Mental hospitals Bombay report 1929-33 - 1929-1933
Year: 1929
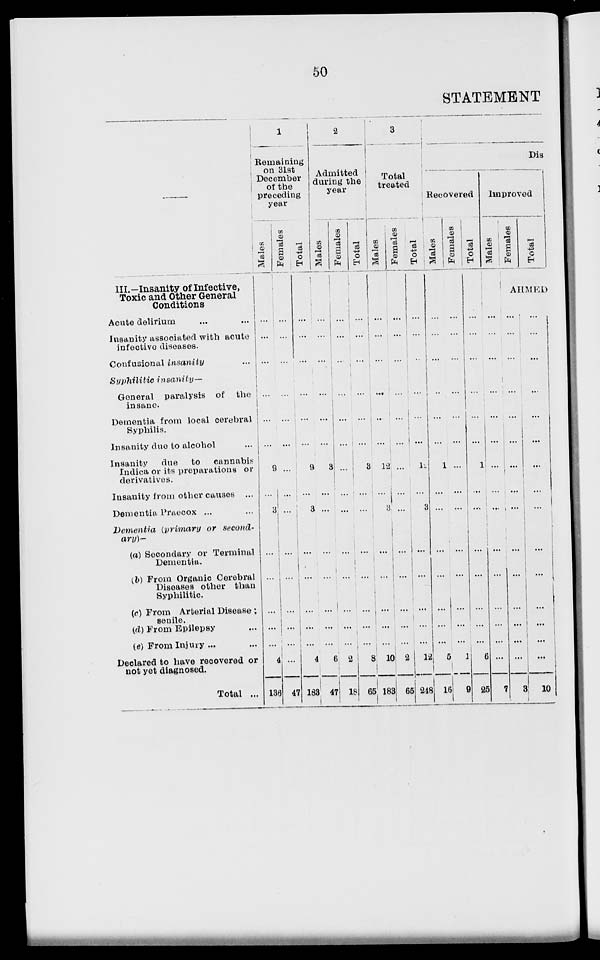
50
STATEMENT
—
III.—Insanity of Infective,
Toxic and Other General
Conditions
Acute delirium... ...
Insanity associated with acute
infective diseases.
Confusional insanity ...
Syphilitic
insanity—
General paralysis of the
insane.
Dementia from local cerebral
Syphilis.
Insanity due to alcohol ...
Insanity
due to
cannabis
Indica or its preparations or
derivatives.
Insanity from other causes ...
Dementia Praecox ... ...
Dementia (primary or second-
ary)—
(a) Secondary or Terminal
Dementia.
(b) From Organic Cerebral
Diseases other than
Syphilitic.
(c) From Arterial Disease ;
senile.
(d) From Epilepsy ...
(e) From Injury ... ...
Declared to have recovered or
not yet diagnosed.
Total ...
1
Remaining
on 31st
December
of the
preceding
year
Males
...
...
...
...
...
...
9
...
3
...
...
...
...
...
4
136
Females
...
...
...
...
...
...
...
...
...
...
...
...
...
...
...
47
Total
...
...
...
...
...
...
9
...
3
...
...
...
...
...
4
183
2
Admitted
during the
year
Males
...
...
...
...
...
...
3
...
...
...
...
...
...
...
6
47
Females
...
...
...
...
...
...
...
...
...
...
...
...
...
...
2
18
Total
...
...
...
...
...
...
3
...
...
...
...
...
...
...
8
65
3
Total
treated
Males
...
...
...
...
...
...
12
...
3
...
...
...
...
...
10
183
Females
...
...
...
...
...
...
...
...
...
...
...
...
...
...
2
65
Total
...
...
...
...
...
...
12
...
3
...
...
...
...
...
12
248
Dis
Recovered
Males
...
...
...
...
...
...
1
...
...
...
...
...
...
...
5
16
Females
...
...
...
...
...
...
...
...
...
...
...
...
...
...
1
9
Total
...
...
...
...
...
...
1
...
...
...
...
...
...
...
6
25
Improved
Males
...
...
...
...
...
...
...
...
...
...
...
...
...
...
...
7
Females
Total
AHMED
...
...
...
...
...
...
...
...
...
...
...
...
...
...
...
3
...
...
...
...
...
...
...
...
...
...
...
...
...
...
...
10